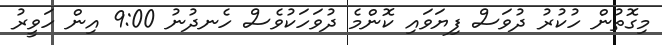
މިގޮތުން ހުކުރު ދުވަސް ފިޔަވައި ކޮންމެ ދުވަހަކުވެސް ހެނދުނު 9:00 އިން ހަވީރު